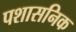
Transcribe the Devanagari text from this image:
पशासनिक